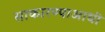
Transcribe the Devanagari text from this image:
साकारण्याआधी